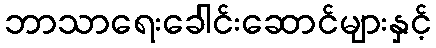
ဘာသာရေးခေါင်းဆောင်များနှင့်